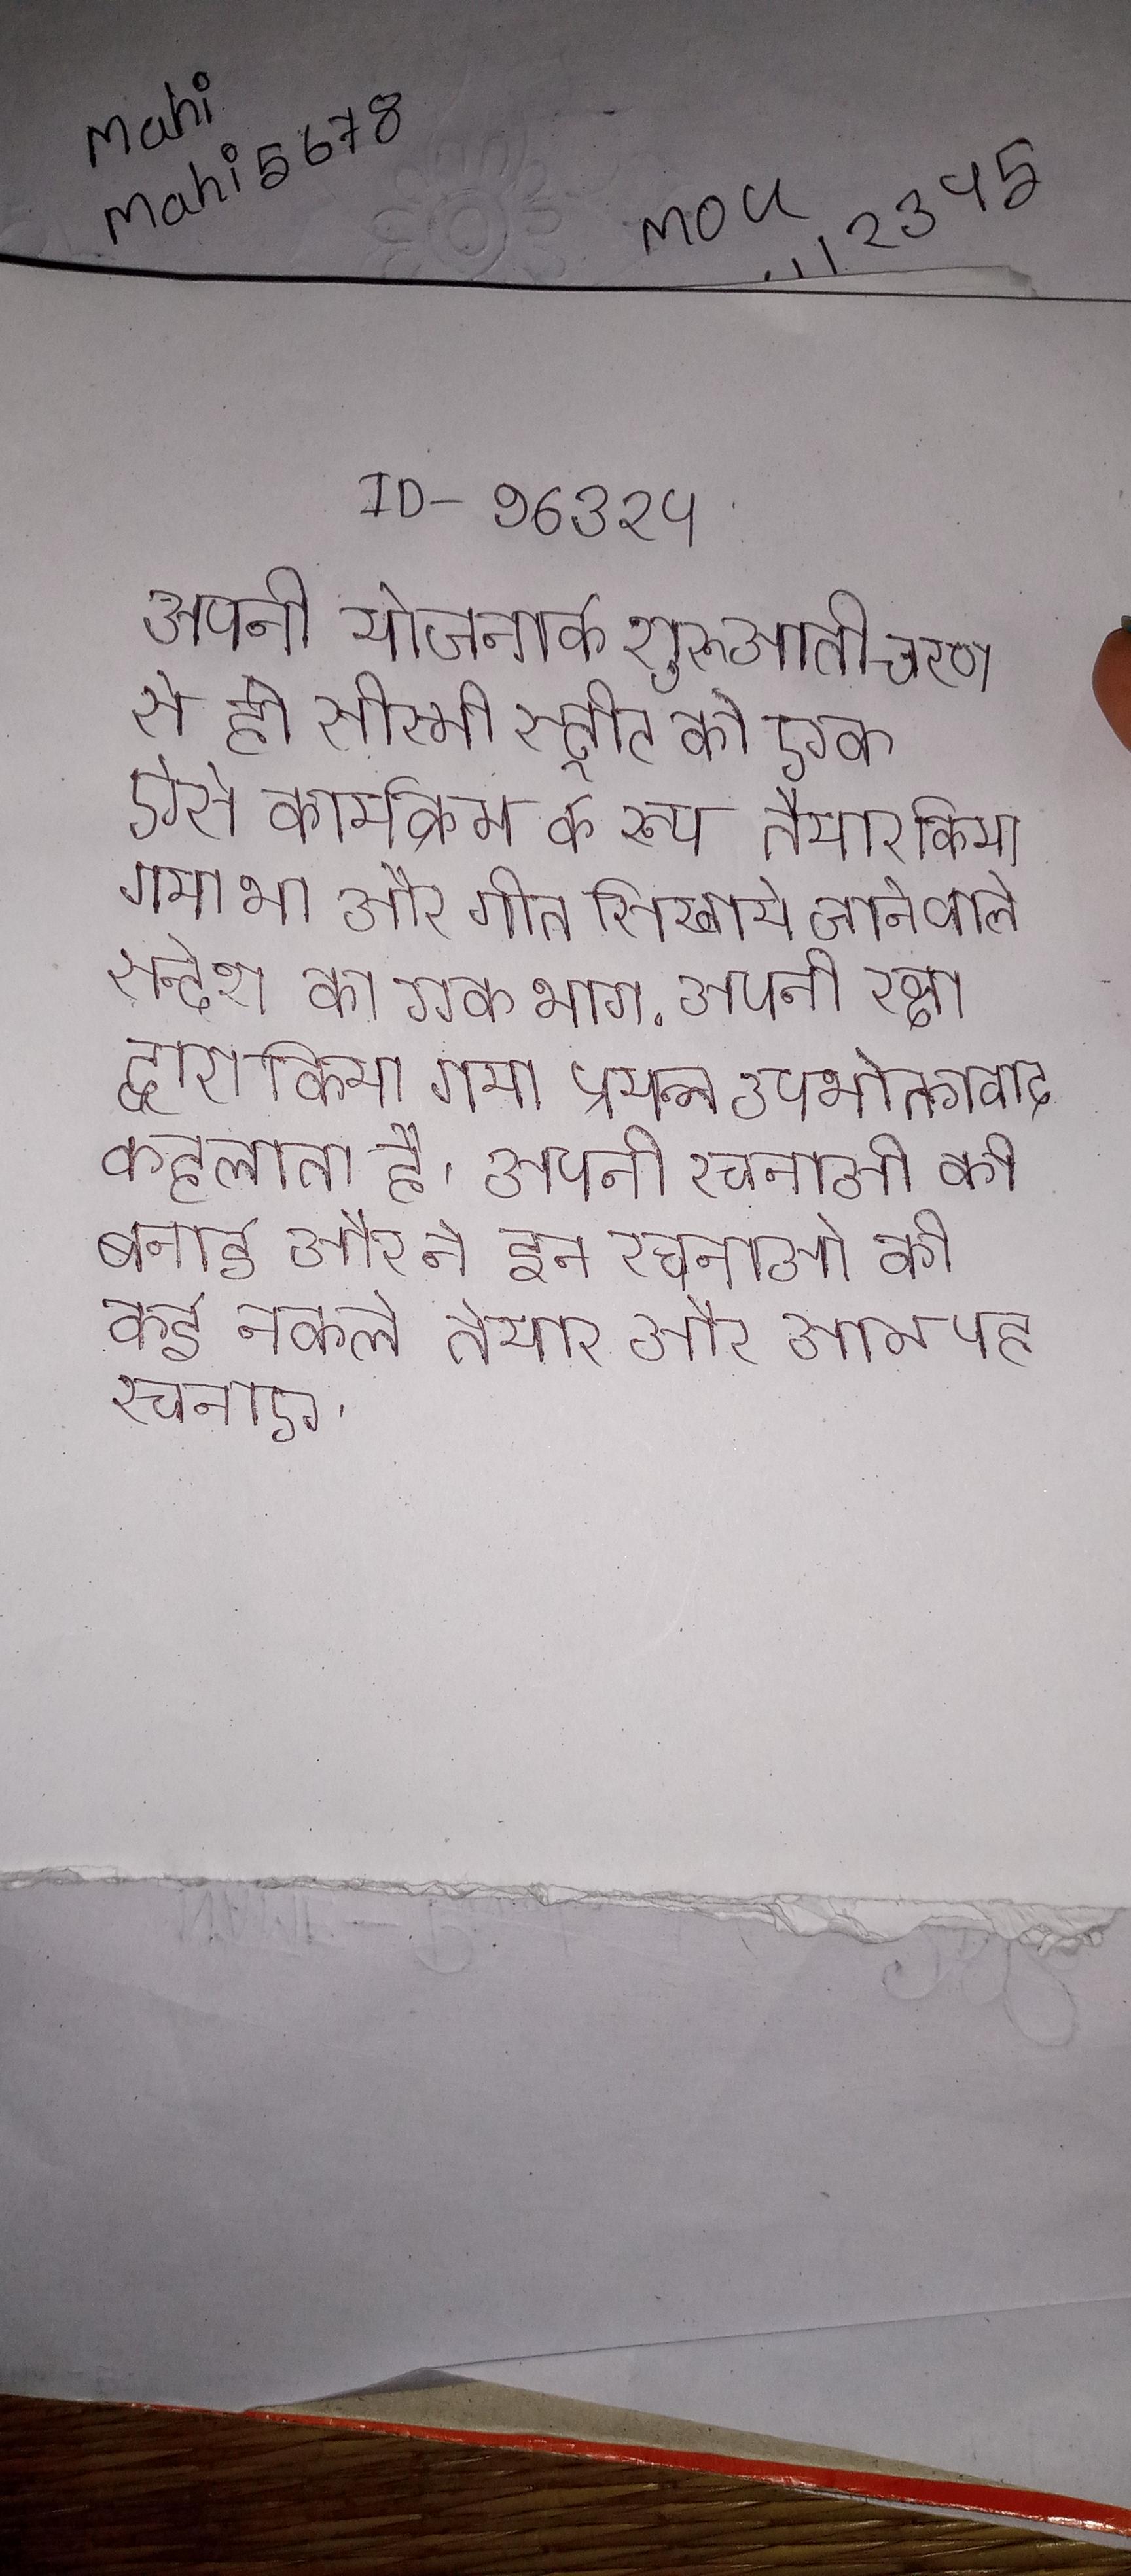
अपनी योजनाके शुरुआती चरण से ही सीस्मी स्ट्रीट को एक ऐसे कार्यक्रम के रूप तैयार किया गया था और गीत सिखाये जाने वाले सन्देश का एक भाग . अपनी रक्षा द्वारा किया गया प्रयत्न उपभोक्तावाद कहलाता है । अपनी रचनाओ की बनाई और ने इन रचनाओ की कई नकले तैयार और आम यह रचनाए ।